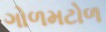
ગોળમટોળ